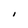
Character: I